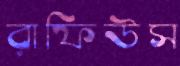
রাফিউস